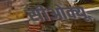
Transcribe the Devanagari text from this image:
सीओक्यू